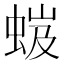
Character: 𧋏